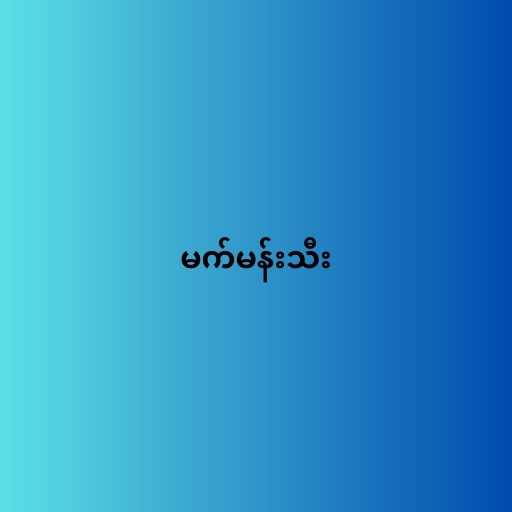
မက်မန်းသီး